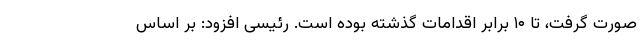
صورت گرفت، تا ۱۰ برابر اقدامات گذشته بوده است. رئیسی افزود: بر اساس